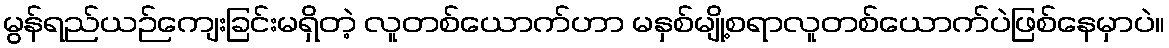
မွန်ရည်ယဉ်ကျေးခြင်းမရှိတဲ့ လူတစ်ယောက်ဟာ မနှစ်မျို့စရာလူတစ်ယောက်ပဲဖြစ်နေမှာပဲ။